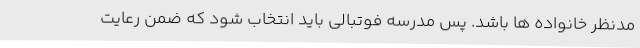
مدنظر خانواده ها باشد. پس مدرسه فوتبالی باید انتخاب شود که ضمن رعایت